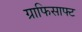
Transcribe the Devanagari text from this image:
ग्राफिसाफ्ट